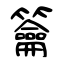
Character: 籥